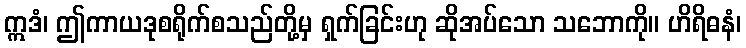
ဣဒံ၊ ဤကာယဒုစရိုက်စသည်တို့မှ ရှက်ခြင်းဟု ဆိုအပ်သော သဘောကို။ ဟိရိဓနံ၊